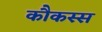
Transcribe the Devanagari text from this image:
कौकस्स